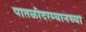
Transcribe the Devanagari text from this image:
पातळीदरम्यानच्या